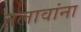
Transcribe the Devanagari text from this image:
तलावांना